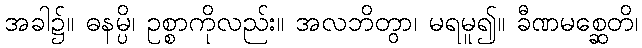
အခါ၌။ ဓနမ္ပိ၊ ဥစ္စာကိုလည်း။ အလဘိတွာ၊ မရမူ၍။ ခီဏမစ္ဆေတိ၊